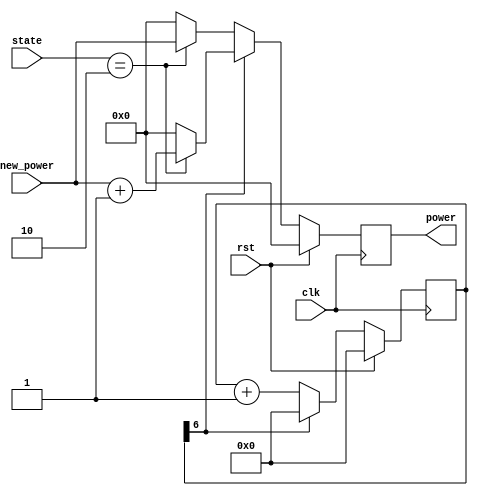


module power_counter (power, rst, clk, state, new_power);
	output [7:0] power;
	input rst;
	input clk;
	input [3:0] state;
	input [7:0] new_power;
	
	reg [7:0] power;
	reg [25:0] num;
	wire [20:0] next_num;
	
	
	always @(posedge clk) begin
	  if (rst) begin
		num <= 0;
		power <= 0;	
		end
	  else
		if (!num[6]) begin
			num <= next_num;
			if (state == 4'b0010) 
				power <= new_power;
			else
				power <= 0;		
		end				
		else begin
			num <= 0;
			if (state == 4'b0010) 
				power <= new_power + 1;
			else
				power <= 0;		
		end
	end
	
	
	assign next_num = num + 1'b1;


endmodule